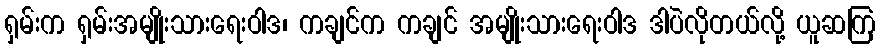
ရှမ်းက ရှမ်းအမျိုးသားရေးဝါဒ၊ ကချင်က ကချင် အမျိုးသားရေးဝါဒ ဒါပဲလိုတယ်လို့ ယူဆကြ